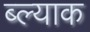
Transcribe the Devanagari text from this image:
ब्ल्याक